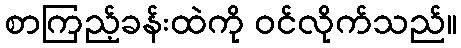
စာကြည့်ခန်းထဲကို ဝင်လိုက်သည်။